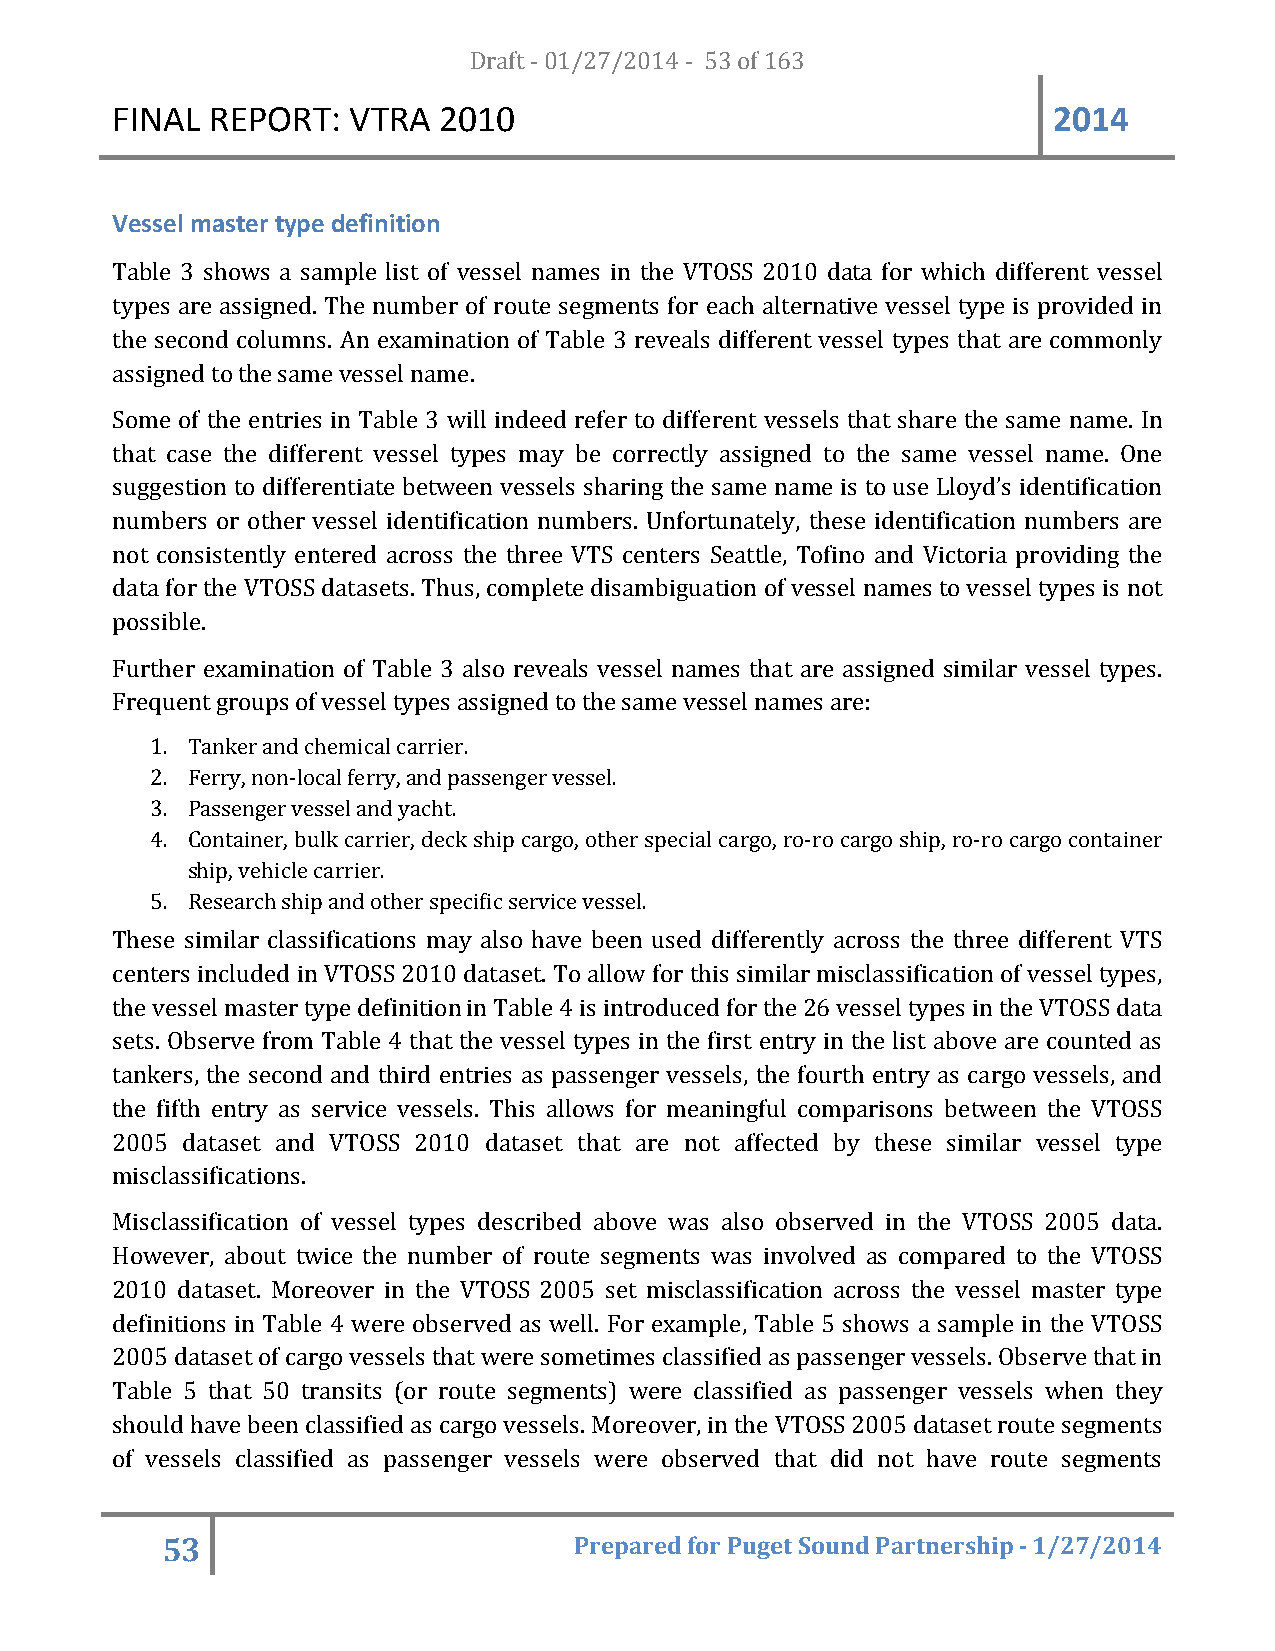
FINAL  REPORT:  VTRA  20D1r0af t - 01/27/2014 - 53 of 163      2014
 Vessel master type definition
 Table 3 shows a sample list of vessel names in the VTOSS 2010 data for which different vessel
 types are assigned. The number of route segments for each alternative vessel type is provided in
 the second columns. An examination of Table 3 reveals different vessel types that are commonly
 assigned to the same vessel name.
 Some of the entries in Table 3 will indeed refer to different vessels that share the same name. In
 that case the different vessel types may be correctly assigned to the same vessel name. One
 suggestion to differentiate between vessels sharing the same name is to use Lloyd’s identification
 numbers or other vessel identification numbers. Unfortunately, these identification numbers are
 not consistently entered across the three VTS centers Seattle, Tofino and Victoria providing the
 data for the VTOSS datasets. Thus, complete disambiguation of vessel names to vessel types is not
 possible.
 Further examination of Table 3 also reveals vessel names that are assigned similar vessel types.
 Frequent groups of vessel types assigned to the same vessel names are:
 1. Tanker and chemical carrier.
 2. Ferry, non-local ferry, and passenger vessel.
 3. Passenger vessel and yacht.
 4. Container, bulk carrier, deck ship cargo, other special cargo, ro-ro cargo ship, ro-ro cargo container
 ship, vehicle carrier.
 5. Research ship and other specific service vessel.
 These similar classifications may also have been used differently across the three different VTS
 centers included in VTOSS 2010 dataset. To allow for this similar misclassification of vessel types,
 the vessel master type definition in Table 4 is introduced for the 26 vessel types in the VTOSS data
 sets. Observe from Table 4 that the vessel types in the first entry in the list above are counted as
 tankers, the second and third entries as passenger vessels, the fourth entry as cargo vessels, and
 the fifth entry as service vessels. This allows for meaningful comparisons between the VTOSS
 2005 dataset and VTOSS 2010 dataset that are not affected by these similar vessel type
 misclassifications.
 Misclassification of vessel types described above was also observed in the VTOSS 2005 data.
 However, about twice the number of route segments was involved as compared to the VTOSS
 2010 dataset. Moreover in the VTOSS 2005 set misclassification across the vessel master type
 definitions in Table 4 were observed as well. For example, Table 5 shows a sample in the VTOSS
 2005 dataset of cargo vessels that were sometimes classified as passenger vessels. Observe that in
 Table 5 that 50 transits (or route segments) were classified as passenger vessels when they
 should have been classified as cargo vessels. Moreover, in the VTOSS 2005 dataset route segments
 of vessels classified as passenger vessels were observed that did not have route segments
 53                         Prepared for Puget Sound Partnership - 1/27/2014